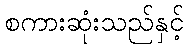
စကားဆုံးသည်နှင့်